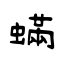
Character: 蟎